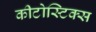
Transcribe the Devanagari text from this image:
कीटोस्टिक्स